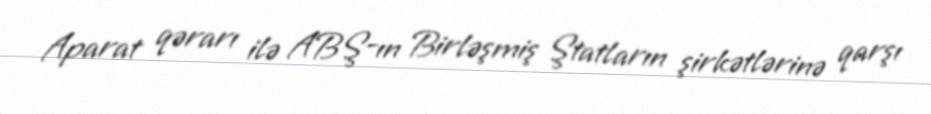
Aparat qərarı ilə ABŞ-ın Birləşmiş Ştatların şirkətlərinə qarşı